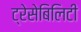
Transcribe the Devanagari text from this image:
ट्रेसेबिलिटी